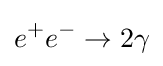
e^{+}e^{-}\to 2\gamma